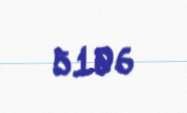
5106